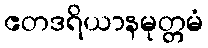
ဧတဒရိယာနမုတ္တမံ